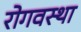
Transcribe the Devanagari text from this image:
रोगवस्था